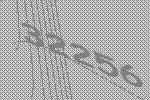
32256